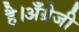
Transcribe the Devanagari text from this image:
है।अँग्रेजी